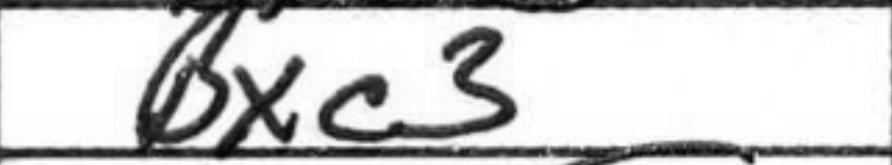
Transcription: Bxc3